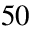
5 0